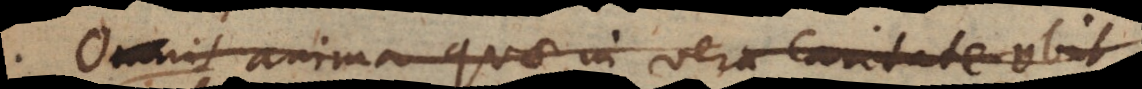
Omnis anima quae in vera caritate obiit,